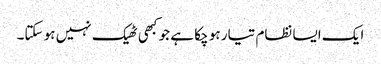
ایک ایسا نظام تیار ہو چکا ہے جو کبھی ٹھیک نہیں ہو سکتا۔